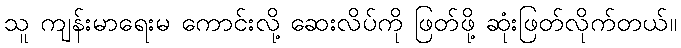
သူ ကျန်းမာရေးမ ကောင်းလို့ ဆေးလိပ်ကို ဖြတ်ဖို့ ဆုံးဖြတ်လိုက်တယ်။